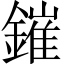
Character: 鏙